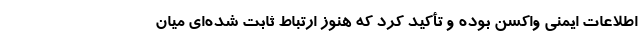
اطلاعات ایمنی واکسن بوده و تأکید کرد که هنوز ارتباط ثابت شده‌ای میان